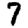
Digit: 7